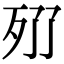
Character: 𣧓